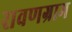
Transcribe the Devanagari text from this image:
रावणग्राम